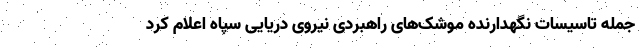
جمله تاسیسات نگهدارنده موشک‌های راهبردی نیروی دریایی سپاه اعلام کرد